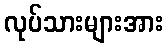
လုပ်သားများအား